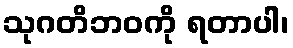
သုဂတိဘဝကို ရတာပါ၊